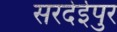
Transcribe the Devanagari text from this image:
सरदेईपुर